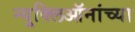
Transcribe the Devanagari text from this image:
न्यूक्लिऑनांच्या